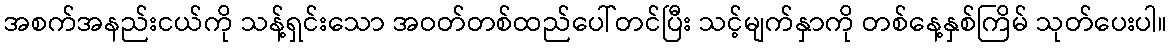
အစက်အနည်းငယ်ကို သန့်ရှင်းသော အဝတ်တစ်ထည်ပေါ်တင်ပြီး သင့်မျက်နှာကို တစ်နေ့နှစ်ကြိမ် သုတ်ပေးပါ။